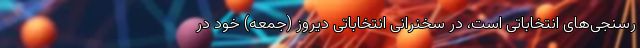
رسنجی‌های انتخاباتی است، در سخنرانی انتخاباتی دیروز (جمعه) خود در